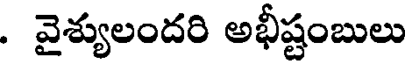
. వైశ్యులందరి అభీష్టంబులు